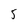
Character: 5